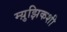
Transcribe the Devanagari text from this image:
म्य़ुझिकशी